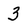
Character: 3